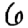
Digit: 6